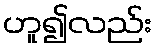
ဟူ၍လည်း